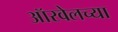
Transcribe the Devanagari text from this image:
ऑरवेलच्या